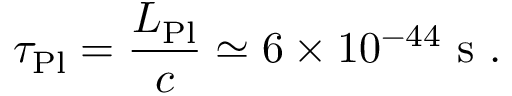
\tau _ { \mathrm { P l } } = \frac { L _ { \mathrm { P l } } } { c } \simeq 6 \times 1 0 ^ { - 4 4 } \ \mathrm { s } \ .